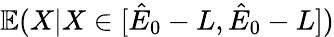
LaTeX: \mathbb{E}(X|X\in[\hat{E}_{0}-L,\hat{E}_{0}-L])